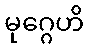
မုဂ္ဂေဟိ